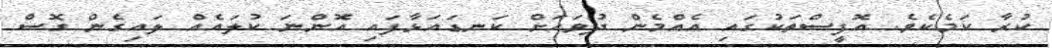
ކުރާ ކަމެކެވެ. އޮފީސްތަކުގައި އެއްމެން ދުވަހަށް ކަނޑައަޅާފައި އޮންނަ ކުލައެއް ލައިގެން ގޮސް